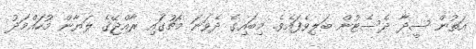
އަތުން ސީދާ ދެސެޓުން ބަލިވެފައެވެ. މިބައިގެ ދެވަނަ މެޗުގައި ރާއްޖޭގެ ލަޔާން މުހައްމަދު